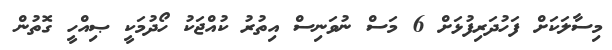
މިސާލަކަށް ފަހުދަރިފުޅަށް 6 މަސް ނުވަނިސް އިތުރު ކުއްޖަކު ހޯދުމަކީ ޞިއްހީ ގޮތުން